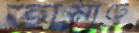
তামাটে